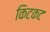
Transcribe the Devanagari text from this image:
किटकट